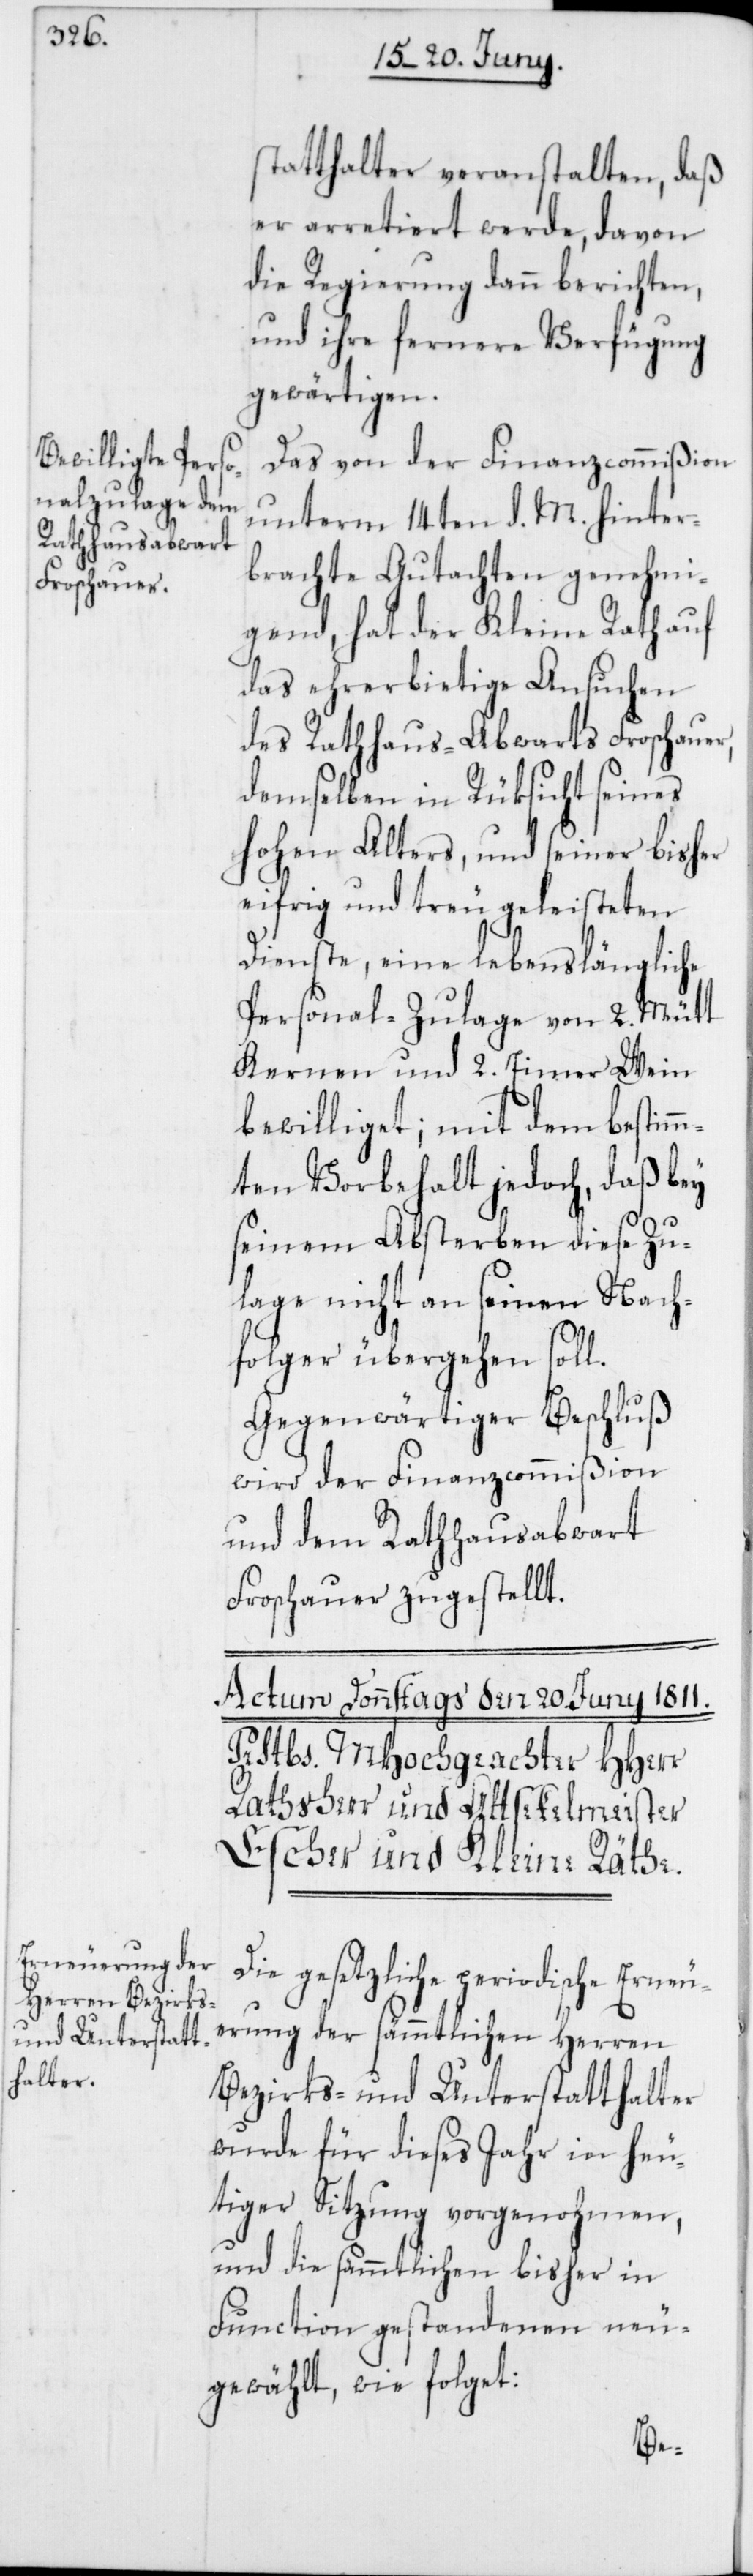
statthalter veranstalten, daß
er arretiert werde, davon
die Regierung dann berichten,
und ihre fernere Verfügung
gewärtigen.
Das von der Finanzcommißion
unterm 14ten d. M. hinter¬
brachte Gutachten genehmi¬
gend, hat der Kleine Rath auf
das ehrerbietige Ansuchen
des Rathhaus-Abwarts Froschauer,
demselben in Rüksicht seines
hohen Alters, und seiner bisher
eifrig und treu geleisteten
Dienste, eine lebenslängliche
Personal-Zulage von 2. Mütt
Kernen und 2. Eimer Wein
bewilliget; mit dem bestim¬
mten Vorbehalt jedoch, daß bey
seinem Absterben diese Zu¬
lage nicht an seinen Nach¬
folger übergehen soll.
Gegenwärtiger Beschluß
wird der Finanzcommißion
und dem Rathhausabwart
Froschauer zugestellt.
Die gesetzliche periodische Erneu¬
erung der sämmtlichen Herren
Bezirks- und Unterstatthalter
wurde für dieses Jahr in heu¬
tiger Sitzung vorgenohmen,
und die sämmtlichen bisher in
Function gestandenen neu¬
gewählt, wie folget: